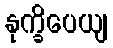
နုက္ခိပေယျ